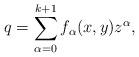
LaTeX: \begin{align*} q=\sum_{\alpha=0}^{k+1}f_\alpha(x,y)z^\alpha,\end{align*}